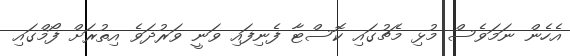
އެހެން ނަމަވެސް މުޅި މެޗުގައި ކޮސްޓާ ފެނިފައި ވަނީ ވަރުދަވެ އިތުރަށް ފޯމްގައި